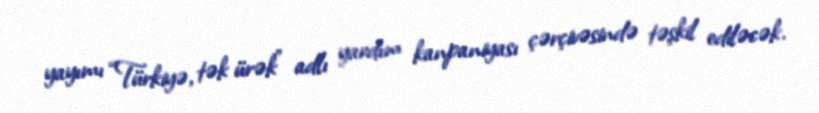
yayımı “Türkiyə, tək ürək” adlı yardım kanpaniyası çərçivəsində təşkil ediləcək.